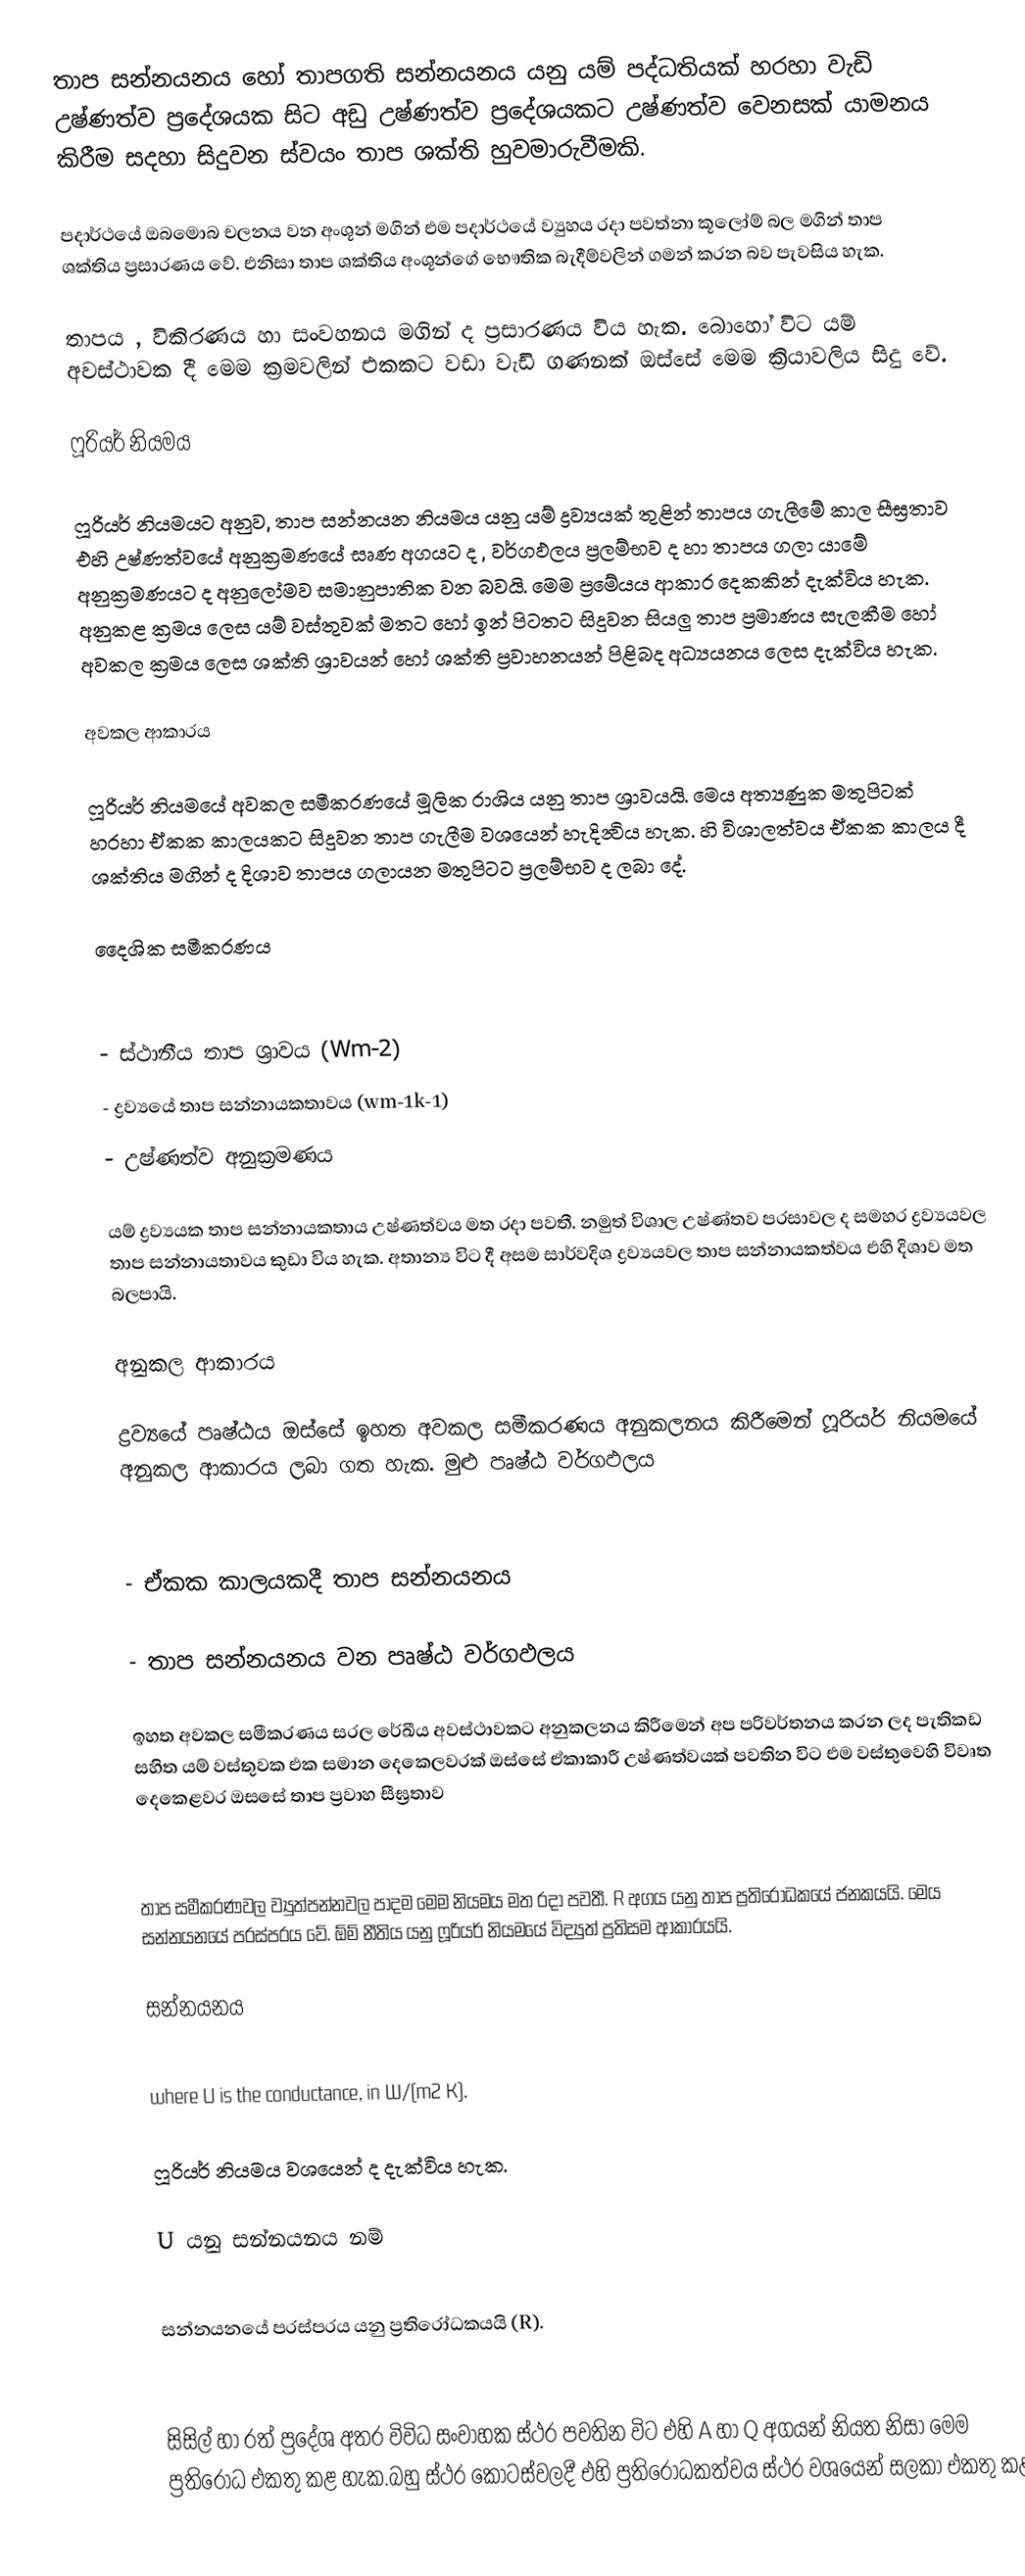
තාප සන්නයනය හෝ තාපගති සන්නයනය යනු යම් පද්ධතියක් හරහා වැඩි උෂ්ණත්ව ප්‍රදේශයක සිට අඩු උෂ්ණත්ව ප්‍රදේශයකට උෂ්ණත්ව වෙනසක් යාමනය කිරීම සදහා සිදුවන ස්වයං තාප ශක්ති හුවමාරුවීමකි.

පදාර්ථයේ ඔබමොබ චලනය වන අංශූන් මගින් එම පදාර්ථයේ ව්‍යුහය රදා පවත්නා කූලෝම් බල මගින් තාප ශක්තිය ප්‍රසාරණය වේ. එනිසා තාප ශක්තිය අංශූන්ගේ භෞතික බැදීම්වලින් ගමන් කරන බව පැවසිය හැක.

තාපය , විකිරණය හා සංවහනය මගින් ද ප්‍රසාරණය විය හැක. බොහෝ විට යම් අවස්ථාවක දී මෙම ක්‍රමවලින් එකකට වඩා වැඩි ගණනක් ඔස්සේ මෙම ක්‍රියාවලිය සිදු වේ.

ෆූරියර් නියමය

ෆූරියර් නියමයට අනුව, තාප සන්නයන නියමය යනු යම් ද්‍රව්‍යයක් තුළින් තාපය ගැලීමේ කාල සීඝ්‍රතාව එහි උෂ්ණත්වයේ අනුක්‍රමණයේ සෘණ අගයට ද , වර්ගඵලය ප්‍රලම්භව ද හා තාපය ගලා යාමේ අනුක්‍රමණයට ද අනුලෝමව සමානුපාතික වන බවයි. මෙම ප්‍රමේයය ආකාර දෙකකින් දැක්විය හැක. අනුකළ ක්‍රමය ලෙස යම් වස්තුවක් මතට හෝ ඉන් පිටතට සිදුවන සියලු තාප ප්‍රමාණය සැලකීම හෝ අවකල ක්‍රමය ලෙස ශක්ති ශ්‍රාවයන් හෝ ශක්ති ප්‍රවාහනයන් පිළිබද අධ්‍යයනය ලෙස දැක්විය හැක.

අවකල ආකාරය

ෆූරියර් නියමයේ අවකල සමීකරණයේ මූලික රාශිය යනු තාප ශ්‍රාවයයි.   මෙය අත්‍යණුක මතුපිටක් හරහා ඒකක කාලයකට සිදුවන තාප ගැලීම වශයෙන් හැදින්‍විය හැක.   හි විශාලත්වය ඒකක කාලය දී ශක්තිය මගින් ද දිශාව තාපය ගලායන මතුපිටට ප්‍රලම්භව ද ලබා දේ.

දෛශික සමීකරණය

  - ස්ථානීය තාප ශ්‍රාවය  (Wm-2)
 	- ද්‍රව්‍යයේ තාප සන්නායකතාවය (wm-1k-1)
  - උෂ්ණත්ව අනුක්‍රමණය

යම් ද්‍රව්‍යයක තාප සන්නායකතාය උෂ්ණත්වය මත රදා පවතී. නමුත් විශාල උෂ්ණ්තව පරසාවල ද සමහර ද්‍රව්‍යයවල තාප සන්නායතාවය කුඩා විය හැක.   අතාන්‍ය විට දී අසම සාර්වදිශ ද්‍රව්‍යයවල තාප සන්නායකත්වය එහි දිශාව මත බලපායි.

අනුකල ආකාරය

ද්‍රව්‍යයේ පෘෂ්ඨය ඔස්සේ ඉහත අවකල සමීකරණය අනුකලනය කිරීමෙන් ෆූරියර් නියමයේ අනුකල ආකාරය ලබා ගත හැක. මුළු පෘෂ්ඨ වර්ගඵලය

 - ඒකක කාලයකදී තාප සන්නයනය

 - තාප සන්නයනය වන පෘෂ්ඨ වර්ගඵලය

ඉහත අවකල සමීකරණය සරල රේඛීය අවස්ථාවකට අනුකලනය කිරීමෙන් අප පරිවර්තනය කරන ලද පැතිකඩ සහිත යම් වස්තුවක එක සමාන දෙකෙලවරක් ඔස්සේ ඒකාකාරී උෂ්ණත්වයක් පවතින විට එම වස්තුවෙහි විවෘත දෙකෙළවර ඔසසේ තාප ප්‍රවාහ සීඝ්‍රතාව

තාප සමීකරණවල ව්‍යුත්පන්නවල පාදම මෙම නියමය මත රදා පවතී. R අගය යනු තාප ප්‍රතිරෝධකයේ ජනකයයි. මෙය සන්නයනයේ පරස්පරය වේ. ඕම් නීතිය යනු ෆූරියර් නියමයේ විද්‍යුත් ප්‍රතිසම ආකාරයයි.

සන්නයනය

where U is the conductance, in W/(m2 K).

ෆූරියර් නියමය වශයෙන් ද දැක්විය හැක.

U	යනු සන්නයනය නම්

සන්නයනයේ පරස්පරය යනු ප්‍රතිරෝධකයයි (R).

සිසිල් හා රත් ප්‍රදේශ අතර විවිධ සංවාහක ස්ථර පවතින විට එහි A හා Q  අගයන් නියත නිසා මෙම ප්‍රතිරෝධ එකතු කළ හැක.බහු ස්ථර කොටස්වලදී එහි ප්‍රතිරෝධකත්වය ස්ථර වශයෙන් සලකා එකතු කළ